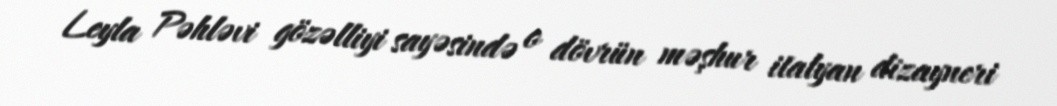
Leyla Pəhləvi gözəlliyi sayəsində o dövrün məşhur italyan dizayneri